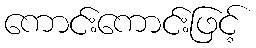
ကောင်းကောင်းဖြင့်